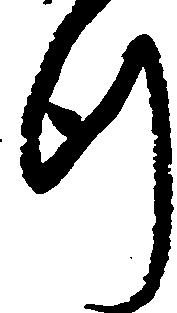
行